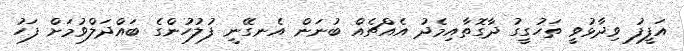
އަފީފު ވިދާޅުވީ ތަހުގީގު ދާގޮތާއިމެދު އެއްޗެއް ބުނަން އެނގޭނީ ފުލުހުންގެ ބައްދަލްވުމަށް ފަހު